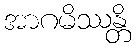
အာဂမိဿန္တိ